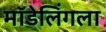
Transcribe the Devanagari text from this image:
मॉडेलिंगला